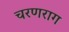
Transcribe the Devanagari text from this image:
चरणराग